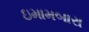
ઇમામબારા